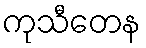
ကုသီတေန